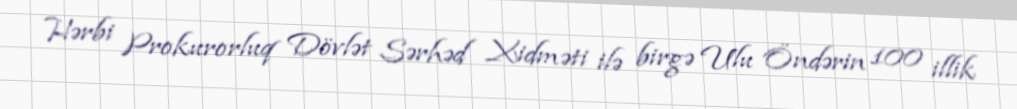
Hərbi Prokurorluq Dövlət Sərhəd Xidməti ilə birgə Ulu Öndərin 100 illik